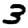
Digit: 3